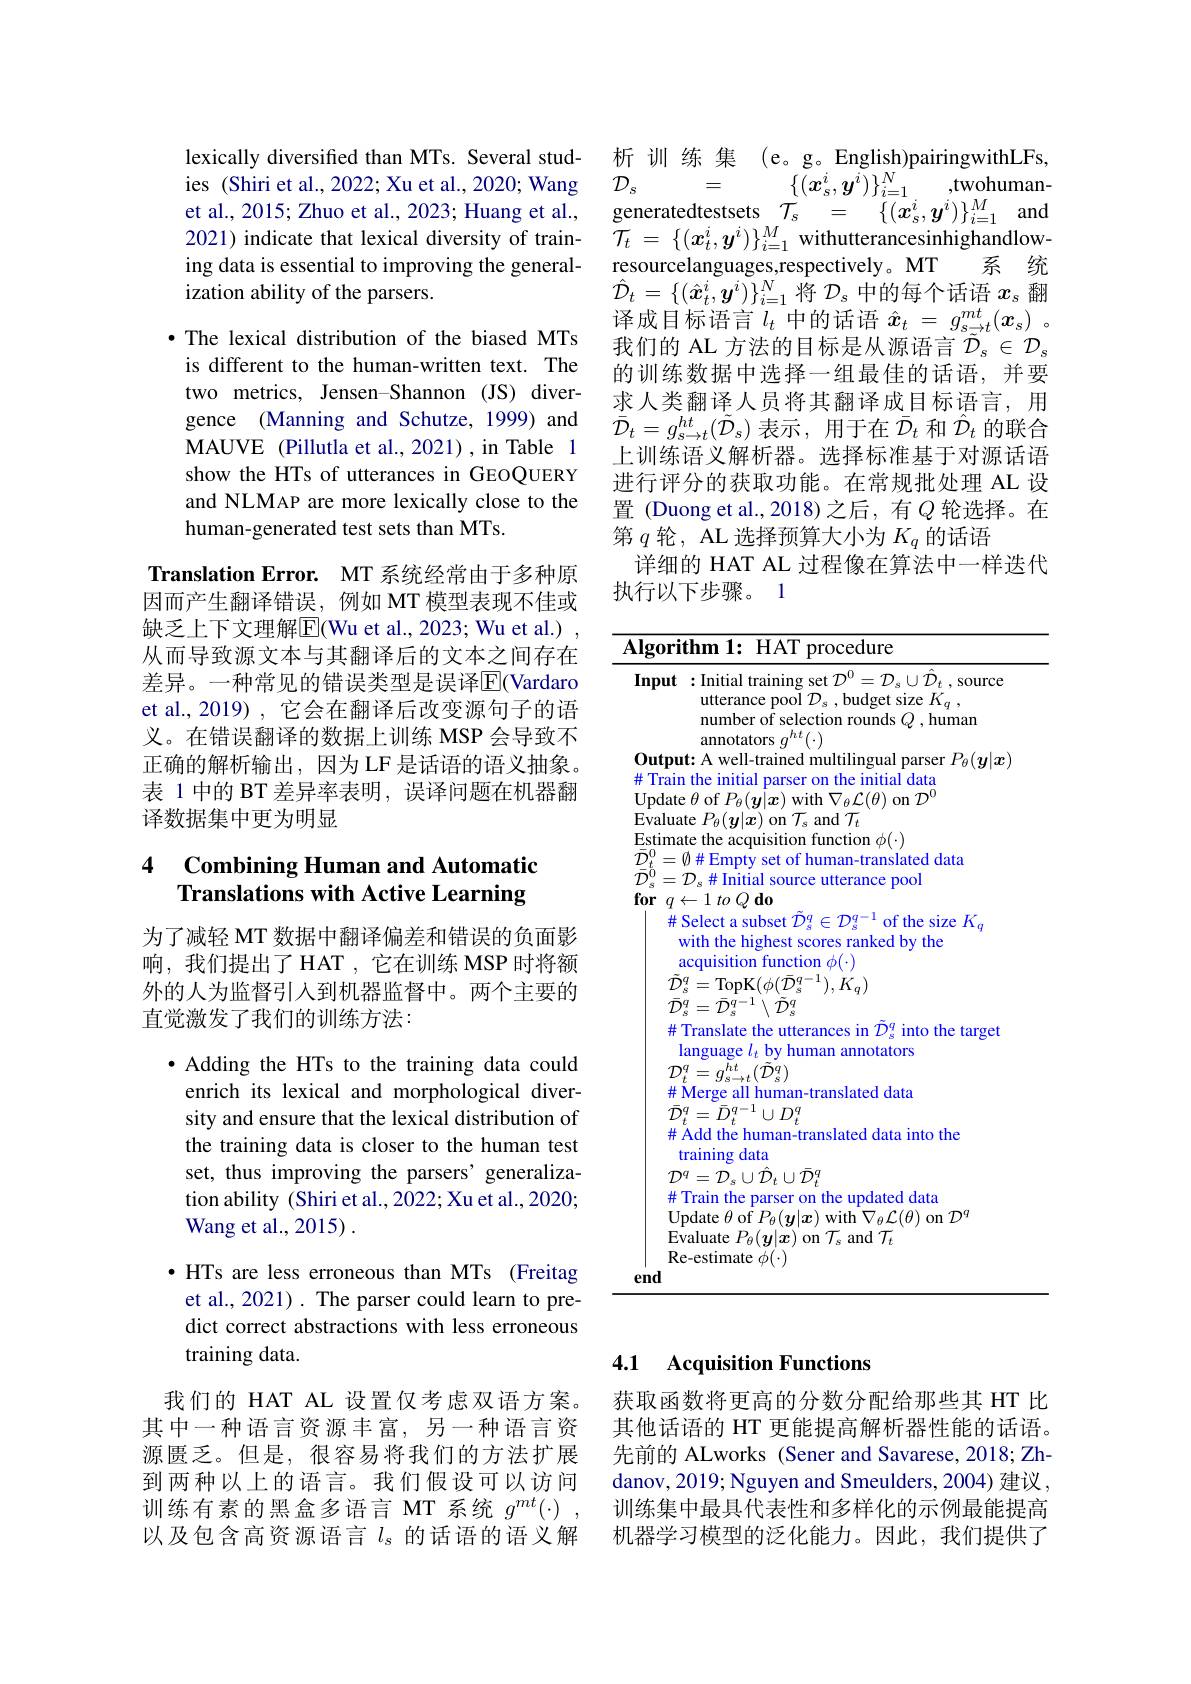
lexically diversified than MTs. Several studies (Shiri et al., 2022; Xu et al., 2020; Wang et al., 2015; Zhuo et al., 2023; Huang et al., 2021) indicate that lexical diversity of training data is essential to improving the generalization ability of the parsers.

·The lexical distribution of the biased MTs is different to the human-written text. The two metrics, Jensen-Shannon (JS) divergence (Manning and Schutze, 1999) and MAUVE (Pillutla et al.,2021),in Table 1 show the HTs of utterances in GEOQUERY and NLMAP are more lexically close to the human-generated test sets than MTs.

Translation Error. MT 系统经常由于多种原因而产生翻译错误，例如 MT 模型表现不佳或缺乏上下文理解$\overline{\mathrm{E}}($Wu et al., 2023; Wu et al.) 从而导致源文本与其翻译后的文本之间存在差异。一种常见的错误类型是误译$\overline{\mathrm{E}}($Vardaro et al., 2019) , 它会在翻译后改变源句子的语义。在错误翻译的数据上训练 MSP 会导致不正确的解析输出，因为 LF 是话语的语义抽象。表 1 中的 BT 差异率表明，误译问题在机器翻译数据集中更为明显

## 4 Combining Human and Automatic Translations with Active Learning

为了减轻 MT 数据中翻译偏差和错误的负面影响，我们提出了HAT，它在训练 MSP 时将额外的人为监督引入到机器监督中。两个主要的直觉激发了我们的训练方法：

$\bullet$ Adding the HTs to the training data could enrich its lexical and morphological diversity and ensure that the lexical distribution of the training data is closer to the human test set, thus improving the parsers' generalization ability (Shiri et al.,2022; Xu et al., 2020; Wang et al., 2015) .
$\bullet$ HTs are less erroneous than MTs (Freitag et al., 2021) . The parser could learn to predict correct abstractions with less erroneous training data.
我们的 HAT AL 设置仅考虑双语方案。其中一种语言资源丰富，另一种语言资

源匮乏。但是，很容易将我们的方法扩展到两种以上的语言。我们假设可以访问训练有素的黑盒多语言 MT 系统$g^mt(\cdot)$ 以及包含高资源语言$l_\mathrm{s}$的话语的语义解

析 训 练 集 (e。g。English)pairingwithLFs,
$\left \{ ( \boldsymbol{x}_{s}^{i}, \boldsymbol{y}^{i}) \right \} _{i= 1}^{N}$ ,twohuman-
=
$\mathcal{D}_s$
$\begin{array}{rcl}{\mathrm{generatedtestsets~}}{\mathcal{T}_{s}}&{=}&{\{(x_{s}^{i},y^{i})\}_{i=1}^{M}}&{\mathrm{and}}\end{array}$ $\bar{\mathcal{T} } _{t}$ = $\{ ( x_{t}^{i}, y^{i}) \} _{i= 1}^{M}$ withutterancesinhighandlowresourcelanguages,respectively。MT 系 统$\hat{\mathcal{D}}_t=\{(\hat{x}_t^i,\boldsymbol{y}^i)\}_{i=1}^N$将$\mathcal{D}_s$ 中的每个话语 $x_\mathrm{s}$ 翻译成目标语言$l_t$ 中的话语 $\hat{x}_t=g_s_{\tilde{z}}^{mt}(\boldsymbol{x}_s)$ 。我们的 AL 方法的目标是从源语言$\tilde{\mathcal{D}}_s\in\mathcal{D}_s$ 的训练数据中选择一组最佳的话语，并要求人类翻译人员将其翻译成目标语言，用$\bar{\mathcal{D}}_{t}=g_{s\to t}^{ht}(\tilde{\mathcal{D}}_{s})$表示，用于在$\bar{\mathcal{D}}_t$和$\hat{\mathcal{D}}_t$的联合上训练语义解析器。选择标准基于对源话语进行评分的获取功能。在常规批处理 AL 设置 (Duong et al.,2018)之后，有$Q$ 轮选择。在第$q$轮，AL 选择预算大小为$K_q$的话语
详细的 HAT AL 过程像在算法中一样迭代
执行以下步骤。1

<table>
	<tbody>
		<tr>
			<td>Input</td>
			<td>:Initial training set $\mathcal{D}^0=\mathcal{D}_s\cup\mathcal{D}_t$ , source utterance pool $\mathcal{D}_s$,budget size $K_q$, number of selection rounds $Q$ , human annotators $g^{ht}(\cdot)$</td>
		</tr>
		<tr>
			<td>$0utpu$ $\#$Trair</td>
			<td>41010 54 ut: A well-trained multilingual parser $P_\theta(\boldsymbol{y}|\boldsymbol{x}$ n the initial parser on the initial data</td>
		</tr>
		<tr>
			<td>$\mathcal{T}$ 井</td>
			<td>language $l_t$ by human annotators $ht$ $(\tilde{D}_{\mathrm{s}}^{q})$ 10 1 $=c$ $g_{s\to t}^{r\boldsymbol{\iota}}$ Merge all human-translated data</td>
		</tr>
		<tr>
			<td>$\bar{\mathcal D}$ 井</td>
			<td> $t$ $=\bar{D}_{i}^{q-1}$ = $\cup D_{t}^{q}$ Add the human-translated data into the training data</td>
		</tr>
		<tr>
			<td>$\mathcal{D}$ 井 U $E$ $R$</td>
			<td>${\mathcal{O}}^{q}={\mathcal{D}}_{s}\cup{\mathcal{D}}_{t}\cup{\mathcal{D}}_{t}^{q}$ Train the parser on the updated data Jpdate $\theta$ of $P_{\theta}(\boldsymbol{y}|\boldsymbol{x})$ with $\nabla_{\theta}\mathcal{L}(\theta)$ on $\mathcal{D}^{q}$ ivaluate $P_{\theta }( \boldsymbol{y}| \boldsymbol{x})$ on $\mathcal{T}_{s}$ and $\mathcal{T}_{t}$ ce-estimate $\phi(\cdot)$</td>
		</tr>
		<tr>
			<td>end</td>
			<td> </td>
		</tr>
	</tbody>
</table>

## 4.1 Acquisition Functions

获取函数将更高的分数分配给那些其 HT 比其他话语的 HT 更能提高解析器性能的话语。先前的 ALworks (Sener and Savarese, 2018; Zhdanov, 2019; Nguyen and Smeulders, 2004) 建议， 训练集中最具代表性和多样化的示例最能提高机器学习模型的泛化能力。因此，我们提供了